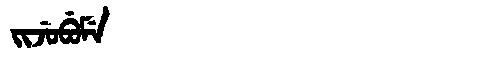
Manchu: ᠵᡳᠵᡠᠪᡠᠮᡝ
Romanization: JIJUBUME